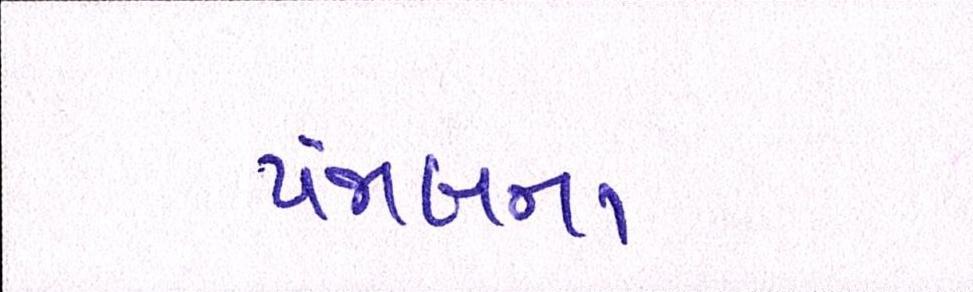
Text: પંજાબના